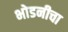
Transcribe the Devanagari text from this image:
भोडनीचा